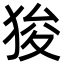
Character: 狻